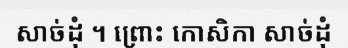
សាច់ដុំ ។ ព្រោះ កោសិកា សាច់ដុំ